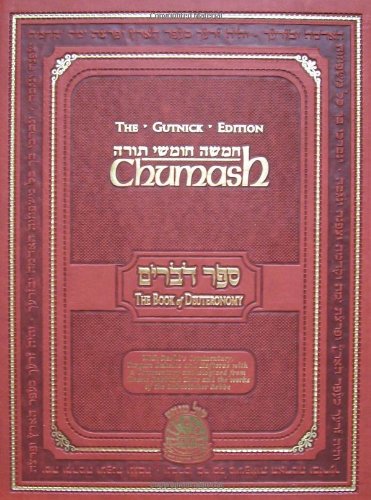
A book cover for Chumash: The Gutnick Edition - Book of Deuteronomy - Kol Menachem (Full Size); Rabbi Chaim Miller; Religion & Spirituality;